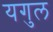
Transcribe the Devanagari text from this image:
यगुल